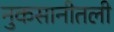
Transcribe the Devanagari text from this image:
नुकसानीतली